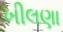
ખીલણા